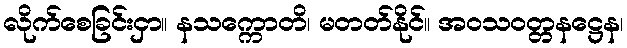
လိုက်စေခြင်းငှာ။ နသက္ကောတိ၊ မတတ်နိုင်။ အဝသဝတ္တနဋ္ဌေန၊